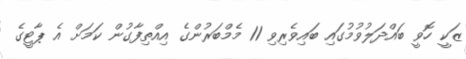
ޒަކީ ހޮވީ ބައްދަލުވުމުގައި ބައިވެރިވި 11 މެމްބަރުންގެ އިއްތިފާގުން ކަމަށް އެ ޕާޓީގެ